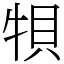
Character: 㸽